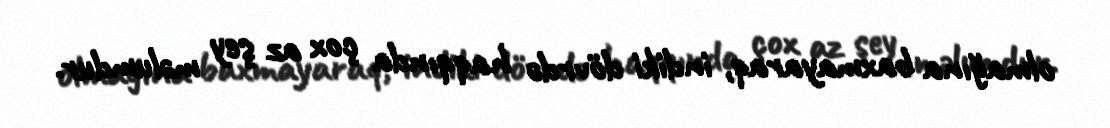
olmağına baxmayaraq, indiki dövrdə haqqında çox az şey məlumdur.